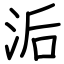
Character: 洉